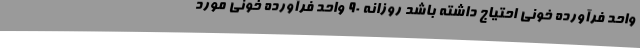
واحد فرآورده خونی احتیاج داشته باشد روزانه 90 واحد فرآورده خونی مورد